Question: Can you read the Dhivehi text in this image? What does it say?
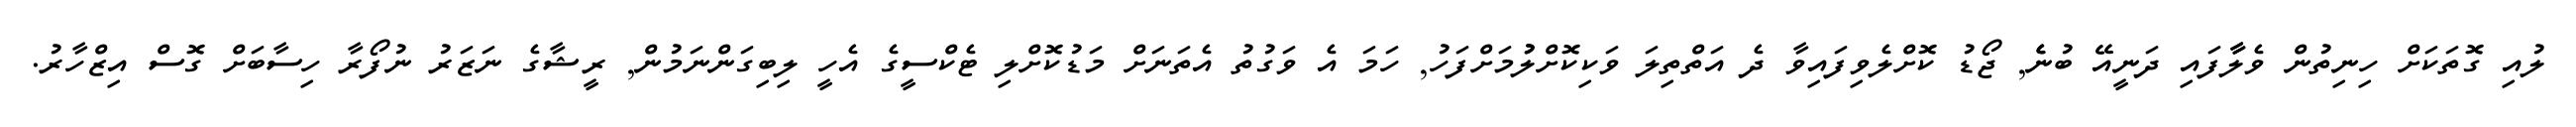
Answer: ލުއި ގޮތަކަށް ހިނިތުން ވެލާާފައި ދަނީއޭ ބުނެެ, ޖޯޑު ކޮށްލެވިފައިވާ ދެ އަތްތިލަ ވަކިކޮށްލުުމަށްފަހު, ހަމަ އެ ވަގުތު އެތަނަށް މަޑުކޮށްލި ޓެކްސީގެ އެހީ ލިބިގަންނަމުން, ރީޝާގެ ނަޒަރު ނުފޯރާ ހިސާބަށް ގޮސް އިޒްހާރު.